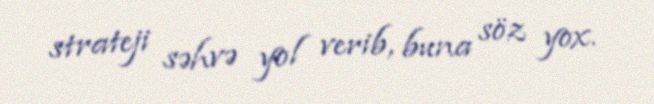
strateji səhvə yol verib, buna söz yox.